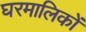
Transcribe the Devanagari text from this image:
घरमालिकों